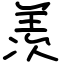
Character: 羡